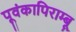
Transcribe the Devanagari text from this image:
पूवंकापिराम्बू